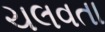
ચલવતા